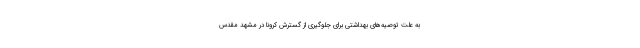
به علت توصیه‌های بهداشتی برای جلوگیری از گسترش کرونا در مشهد مقدس